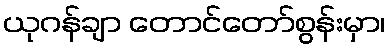
ယုဂန်ချာ တောင်တော်စွန်းမှာ၊